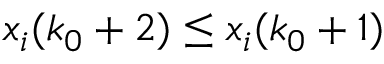
x _ { i } ( k _ { 0 } + 2 ) \leq x _ { i } ( k _ { 0 } + 1 )